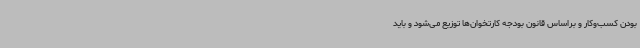
بودن کسب‌وکار و براساس قانون بودجه کارتخوان‌ها توزیع می‌شود و باید